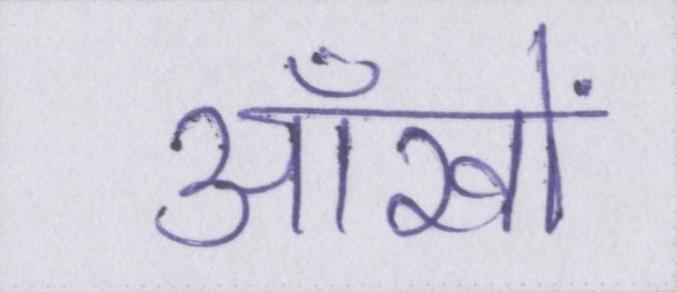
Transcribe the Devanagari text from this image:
आँखों